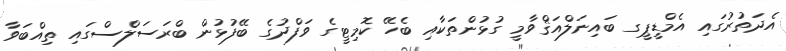
އެދަތުރުގައި އެމްޑީޕީގ ބައިނަލްއަޤްވާމީ ގުޅުންތަކާއި ބެހޭ ކޮމިޓީގެ ވަފްދުގެ ބޭފުޅުން ބްރަސަލްސްގައި ތިއްބަވާ